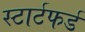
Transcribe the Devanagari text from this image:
स्टार्टफर्ड